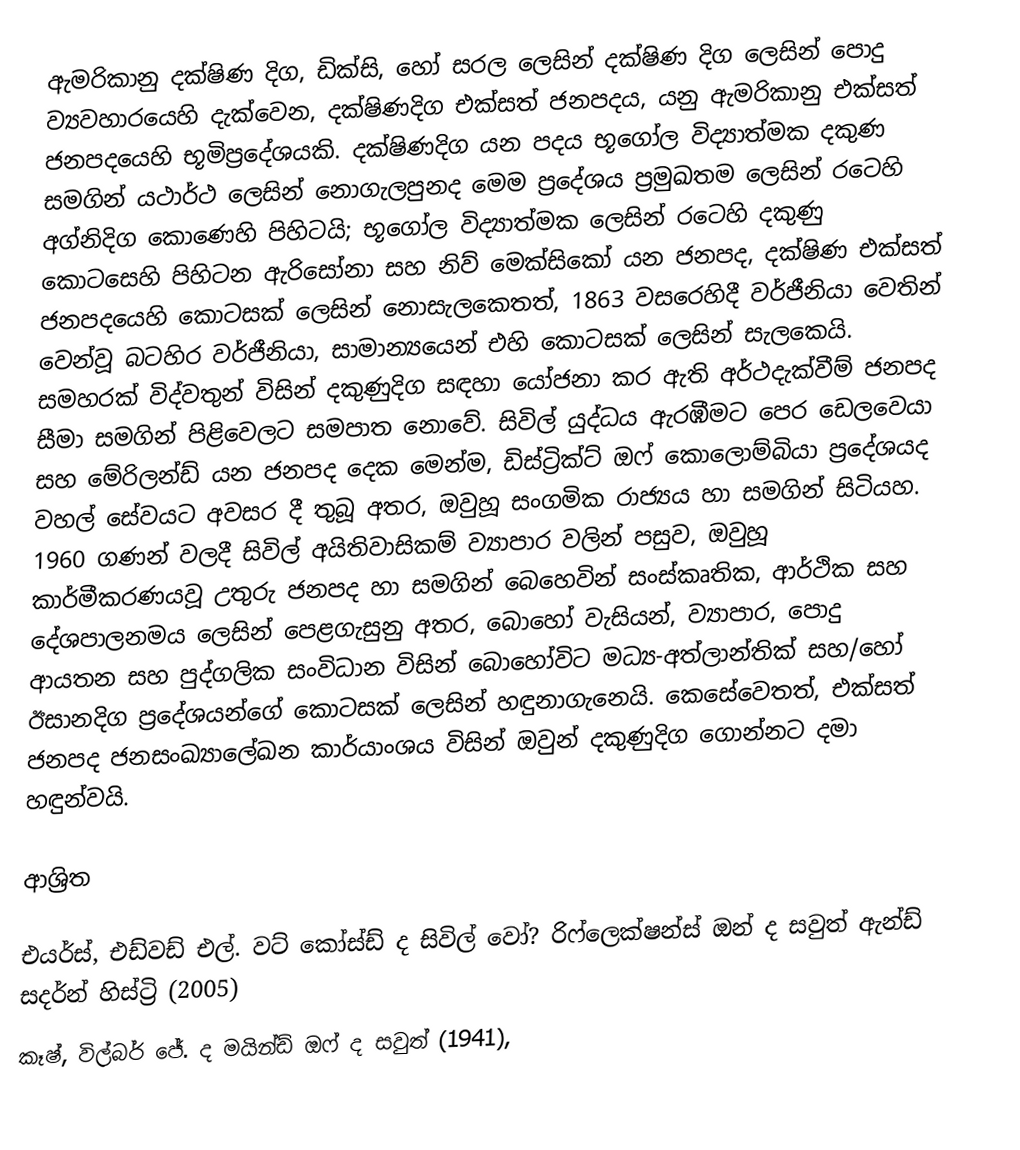
ඇමරිකානු දක්ෂිණ දිග, ඩික්සි, හෝ සරල ලෙසින් දක්ෂිණ දිග ලෙසින් පොදු ව්‍යවහාරයෙහි දැක්වෙන, දක්ෂිණදිග එක්සත් ජනපදය, යනු ඇමරිකානු  එක්සත් ජනපදයෙහි භූමිප්‍රදේශයකි. දක්ෂිණදිග යන පදය භූගෝල විද්‍යාත්මක දකුණ සමගින් යථාර්ථ ලෙසින් නොගැලපුනද මෙම ප්‍රදේශය ප්‍රමුඛතම ලෙසින් රටෙහි අග්නිදිග කොණෙහි පිහිටයි; භූගෝල විද්‍යාත්මක ලෙසින් රටෙහි දකුණු කොටසෙහි පිහිටන  ඇරිසෝනා සහ නිව් මෙක්සිකෝ යන ජනපද,  දක්ෂිණ එක්සත් ජනපදයෙහි කොටසක් ලෙසින් නොසැලකෙතත්, 1863 වසරෙහිදී වර්ජීනියා වෙතින් වෙන්වූ බටහිර වර්ජීනියා, සාමාන්‍යයෙන් එහි කොටසක් ලෙසින් සැලකෙයි. සමහරක් විද්වතුන් විසින් දකුණුදිග සඳහා යෝජනා කර ඇති අර්ථදැක්වීම් ජනපද සීමා සමගින් පිළිවෙලට සමපාත නොවේ.  සිවිල් යුද්ධය ඇරඹීමට පෙර ඩෙලවෙයා සහ මේරිලන්ඩ් යන ජනපද දෙක මෙන්ම, ඩිස්ට්‍රික්ට් ඔෆ් කොලොම්බියා ප්‍රදේශයද වහල් සේවයට අවසර දී තුබූ අතර, ඔවුහූ  සංගමික රාජ්‍යය හා සමගින් සිටියහ. 1960 ගණන් වලදී සිවිල් අයිතිවාසිකම් ව්‍යාපාර වලින් පසුව, ඔවුහූ කාර්මීකරණයවූ උතුරු ජනපද හා සමගින් බෙහෙවින් සංස්කෘතික, ආර්ථික සහ දේශපාලනමය ලෙසින් පෙළගැසුනු අතර, බොහෝ වැසියන්, ව්‍යාපාර, පොදු ආයතන සහ පුද්ගලික සංවිධාන විසින් බොහෝවිට මධ්‍ය-අත්ලාන්තික් සහ/හෝ ඊසානදිග ප්‍රදේශයන්ගේ කොටසක් ලෙසින් හඳුනාගැනෙයි. කෙසේවෙතත්, එක්සත් ජනපද ජනසංඛ්‍යාලේඛන කාර්යාංශය විසින් ඔවුන් දකුණුදිග ගොන්නට දමා හඳුන්වයි.

ආශ්‍රිත

 එයර්ස්, එඩ්වඩ් එල්. වට් කෝස්ඩ් ද සිවිල් වෝ? රිෆ්ලෙක්ෂන්ස් ඔන් ද සවුත් ඇන්ඩ් සදර්න් හිස්ට්‍රි (2005)
 කෑෂ්, විල්බර් ජේ. ද මයින්ඩ් ඔෆ් ද සවුත් (1941),